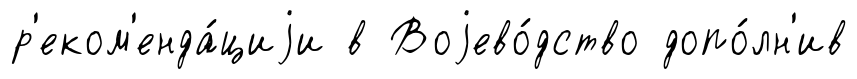
р'еком'енда́циjи в Воjево́дство допо́лн'ив